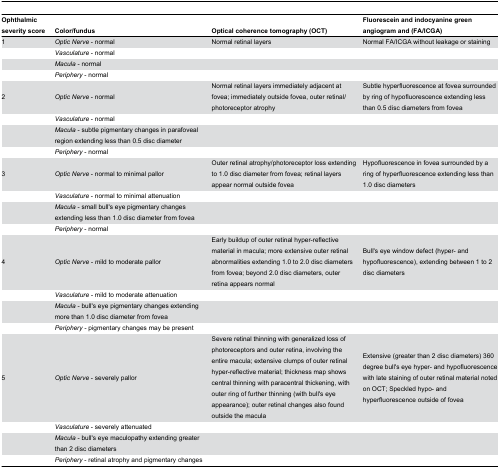
| Ophthalmic severity score | Color/fundus | Optical coherence tomography (OCT) | Fluorescein and indocyanine green angiogram and (FA/ICGA) |
 | --- | --- | --- | --- |
 | 1 | Optic Nerve - normal | Normal retinal layers | Normal FA/ICGA without leakage or staining |
 |  | Vasculature - normal |  |  |
 |  | Macula - normal |  |  |
 |  | Periphery - normal |  |  |
 | 2 | Optic Nerve - normal | Normal retinal layers immediately adjacent at fovea; immediately outside fovea, outer retinal/photoreceptor atrophy | Subtle hyperfluorescence at fovea surrounded by ring of hypofluorescence extending less than 0.5 disc diameters from fovea |
 |  | Vasculature - normal |  |  |
 |  | Macula - subtle pigmentary changes in parafoveal region extending less than 0.5 disc diameter |  |  |
 |  | Periphery - normal |  |  |
 | 3 | Optic Nerve - normal to minimal pallor | Outer retinal atrophy/photoreceptor loss extending to 1.0 disc diameter from fovea; retinal layers appear normal outside fovea | Hypofluorescence in fovea surrounded by a ring of hyperfluorescence extending less than 1.0 disc diameters |
 |  | Vasculature - normal to minimal attenuation |  |  |
 |  | Macula - small bull's eye pigmentary changes extending less than 1.0 disc diameter from fovea |  |  |
 |  | Periphery - normal |  |  |
 | 4 | Optic Nerve - mild to moderate pallor | Early buildup of outer retinal hyper-reflective material in macula; more extensive outer retinal abnormalities extending 1.0 to 2.0 disc diameters from fovea; beyond 2.0 disc diameters, outer retina appears normal | Bull's eye window defect (hyper- and hypofluorescence), extending between 1 to 2 disc diameters |
 |  | Vasculature - mild to moderate attenuation |  |  |
 |  | Macula - bull's eye pigmentary changes extending more than 1.0 disc diameter from fovea |  |  |
 |  | Periphery - pigmentary changes may be present |  |  |
 | 5 | Optic Nerve - severely pallor | Severe retinal thinning with generalized loss of photoreceptors and outer retina, involving the entire macula; extensive clumps of outer retinal hyper-reflective material; thickness map shows central thinning with paracentral thickening, with outer ring of further thinning (with bull's eye appearance); outer retinal changes also found outside the macula | Extensive (greater than 2 disc diameters) 360 degree bull's eye hyper- and hypofluorescence with late staining of outer retinal material noted on OCT; Speckled hypo- and hyperfluorescence outside of fovea |
 |  | Vasculature - severely attenuated |  |  |
 |  | Macula - bull's eye maculopathy extending greater than 2 disc diameters |  |  |
 |  | Periphery - retinal atrophy and pigmentary changes |  |  |